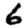
Digit: 6